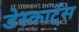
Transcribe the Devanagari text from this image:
डेस्कार्ट्स